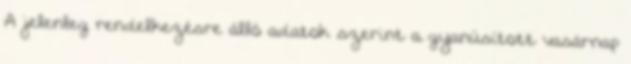
A jelenleg rendelkezésre álló adatok szerint a gyanúsított vasárnap